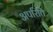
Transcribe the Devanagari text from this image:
अपरिति